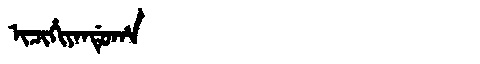
Manchu: ᡳᠴᡳᡥᡳᠶᠠᠨᡩᡠᡥᠠ
Romanization: ICIHIYANDUHA